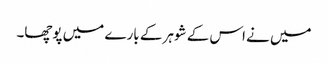
میں نے اس کے شوہر کے بارے میں پوچھا۔